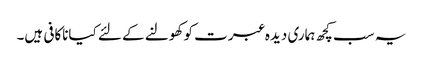
یہ سب کچھ ہماری دیدہ عبرت کو کھولنے کے لئے کیاناکافی ہیں۔